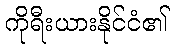
ကိုရီးယားနိုင်ငံ၏